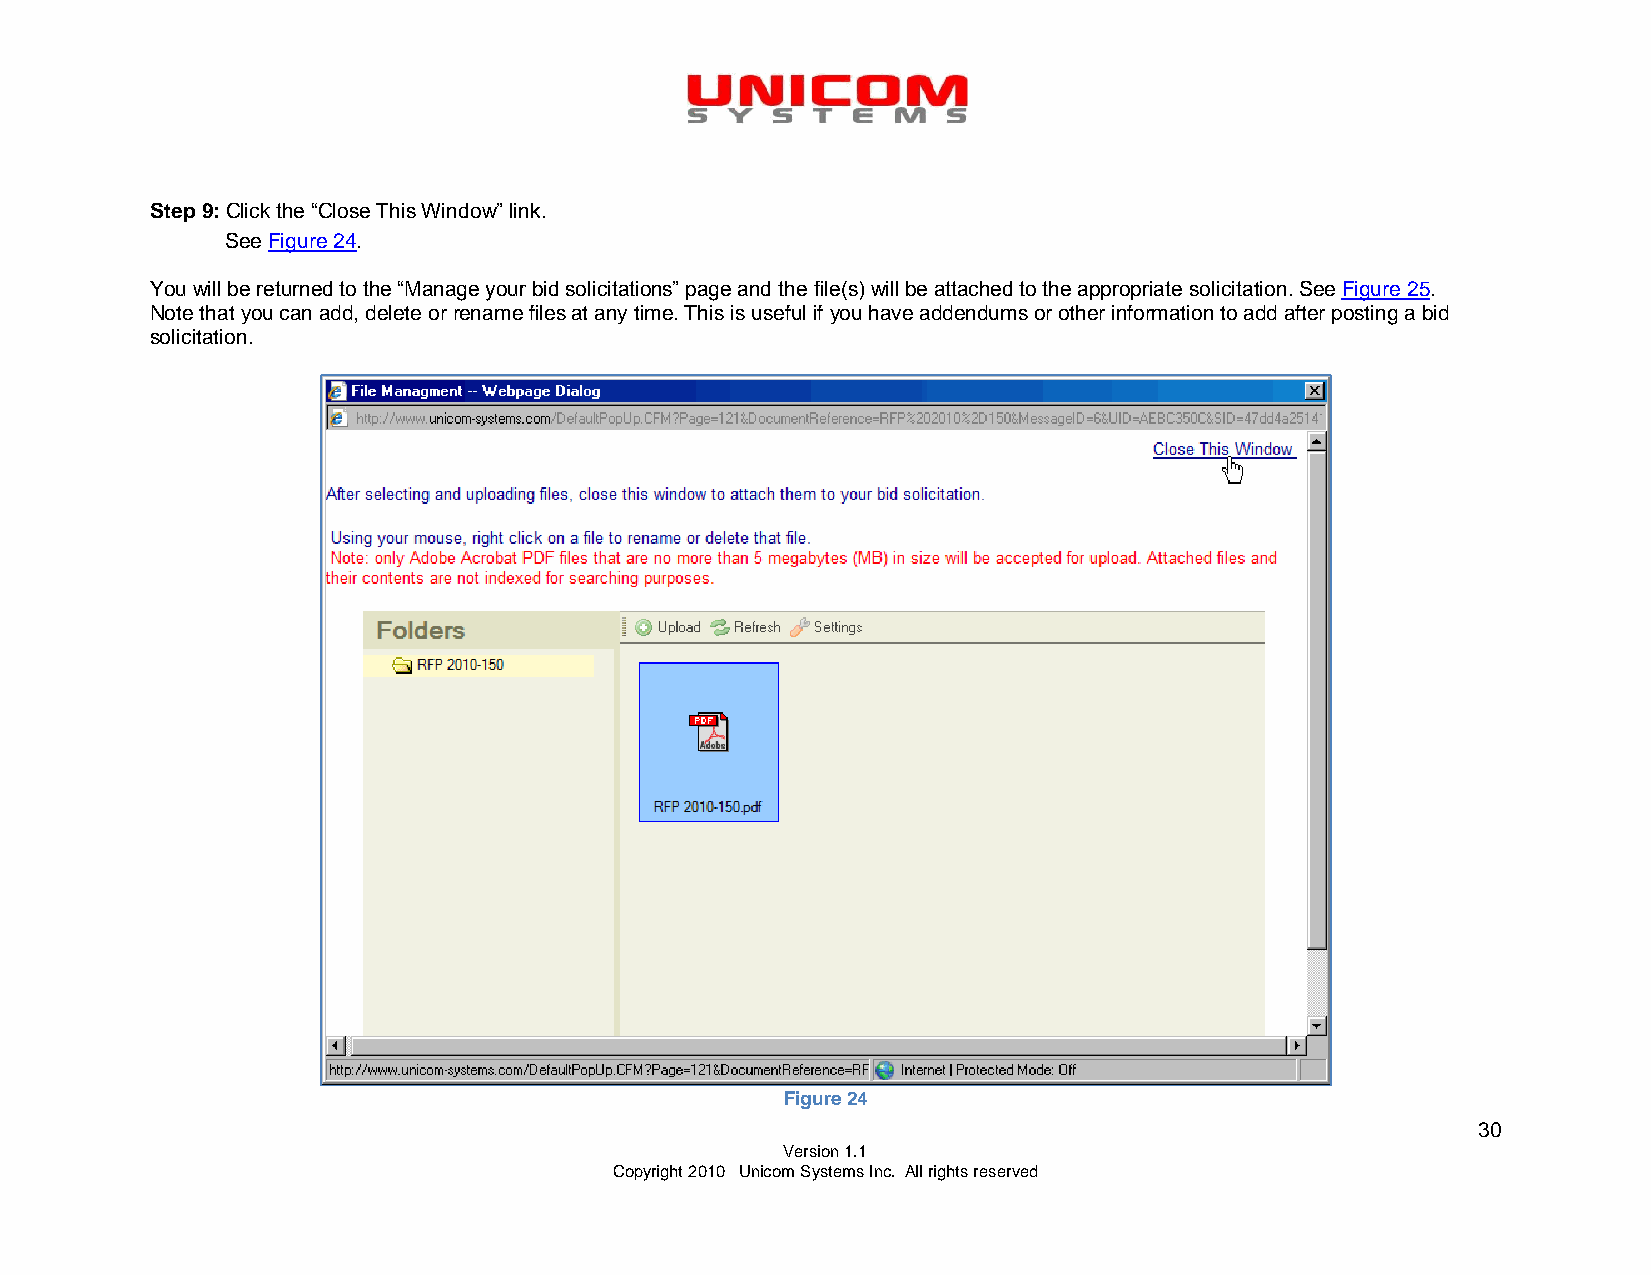
Step 9: Click the “Close This Window” link.
 See Figure 24.
 You will be returned to the “Manage your bid solicitations” page and the file(s) will be attached to the appropriate solicitation. See Figure 25.
 Note that you can add, delete or rename files at any time. This is useful if you have addendums or other information to add after posting a bid
 solicitation.
 Figure 24
 30
 Version 1.1
 Copyright 2010 Unicom Systems Inc. All rights reserved